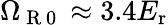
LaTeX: \Omega_{\mathrm{~R~0~}}\approx 3.4E_{\mathrm{{r}}}